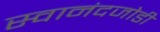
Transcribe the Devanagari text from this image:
स्वानंदजोडी